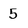
Character: 5